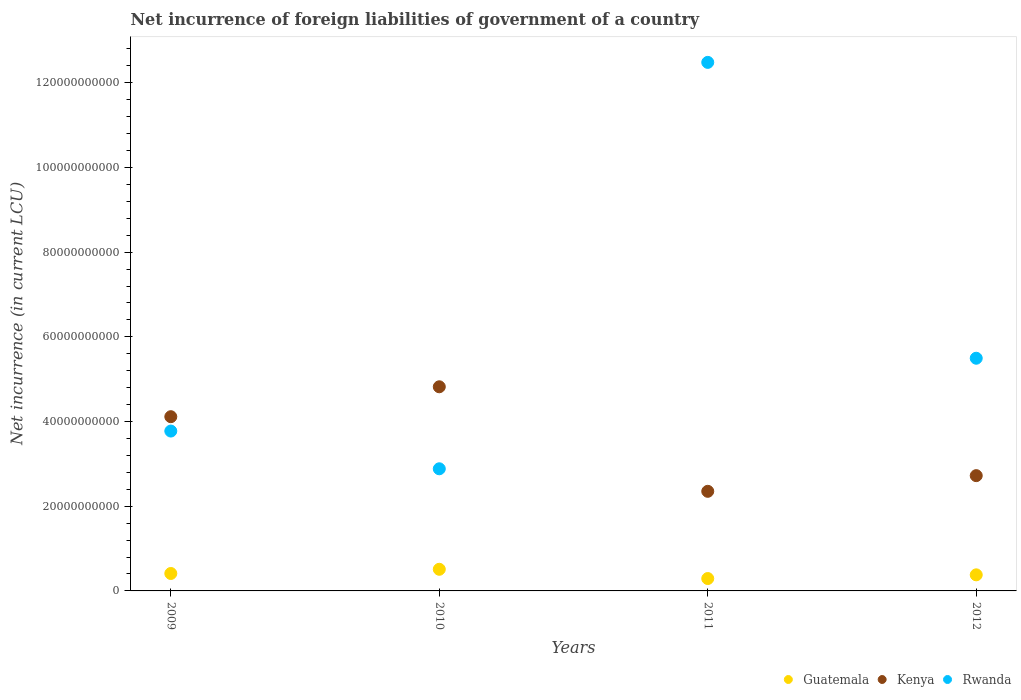
| Years | Guatemala | Kenya | Rwanda |
 | --- | --- | --- | --- |
 | 2009 | 4.12e+09 | 4.11e+10 | 3.78e+10 |
 | 2010 | 5.11e+09 | 4.82e+10 | 2.88e+10 |
 | 2011 | 2.92e+09 | 2.35e+10 | 1.25e+11 |
 | 2012 | 3.8e+09 | 2.72e+10 | 5.49e+10 |